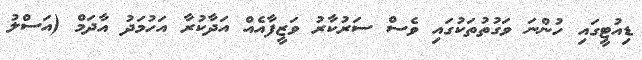
ޑިއުޓީގައި ހުންނަ ވަގުތުތަކުގައި ވެސް ސަރުކާރު ވަޒީފާއެއް އަދާކުރާ އަހުމަދު އާދަމް (އަސްލު